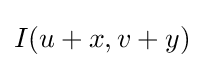
I(u+x,v+y)